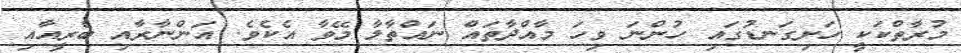
މުރާތްކަކީ ހަށިގަނޑުގައި ހުންނަ ވިހަ މާއްދާތައް ނައްތާލާ މޭވާ އެކެވެ. އަންނާރާއި ބެރީއާއި